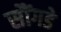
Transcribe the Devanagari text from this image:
सौंगडे